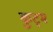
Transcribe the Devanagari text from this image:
कुट्म